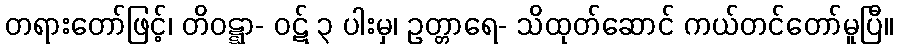
တရားတော်ဖြင့်၊ တိဝဋ္ဋာ- ဝဋ် ၃ ပါးမှ၊ ဥတ္တာရေ- သိထုတ်ဆောင် ကယ်တင်တော်မူပြီ။